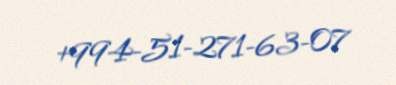
+994-51-271-63-07